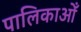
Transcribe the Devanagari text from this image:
पालिकाओँ